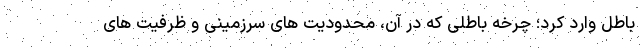
باطل وارد کرد؛ چرخه باطلی که در آن، محدودیت های سرزمینی و ظرفیت های